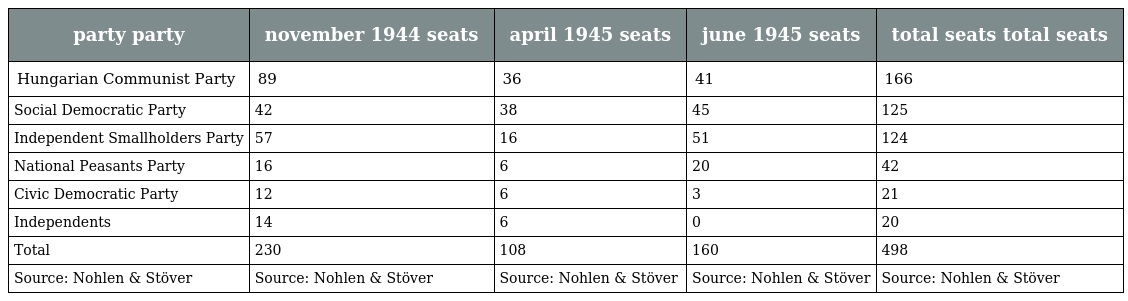
| party party | november 1944 seats | april 1945 seats | june 1945 seats | total seats total seats |
 | --- | --- | --- | --- | --- |
 | Hungarian Communist Party | 89 | 36 | 41 | 166 |
 | Social Democratic Party | 42 | 38 | 45 | 125 |
 | Independent Smallholders Party | 57 | 16 | 51 | 124 |
 | National Peasants Party | 16 | 6 | 20 | 42 |
 | Civic Democratic Party | 12 | 6 | 3 | 21 |
 | Independents | 14 | 6 | 0 | 20 |
 | Total | 230 | 108 | 160 | 498 |
 | Source: Nohlen & Stöver | Source: Nohlen & Stöver | Source: Nohlen & Stöver | Source: Nohlen & Stöver | Source: Nohlen & Stöver |